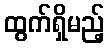
ထွက်ရှိမည့်